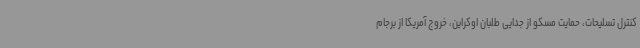
کنترل تسلیحات، حمایت مسکو از جدایی طلبان اوکراین، خروج آمریکا از برجام